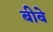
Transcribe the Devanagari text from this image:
बीबे